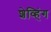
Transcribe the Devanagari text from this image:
शेव्हिंग